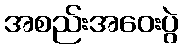
အစည်းအဝေးပွဲ